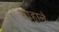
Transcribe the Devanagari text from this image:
सोहाने